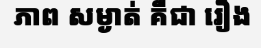
ភាព សម្ងាត់ គឺជា រឿង